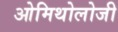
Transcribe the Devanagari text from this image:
ओमिथोलोजी